Lunatic asylums in Bengal annual reports 1899-1911 - 1899-1911
Year: 1899
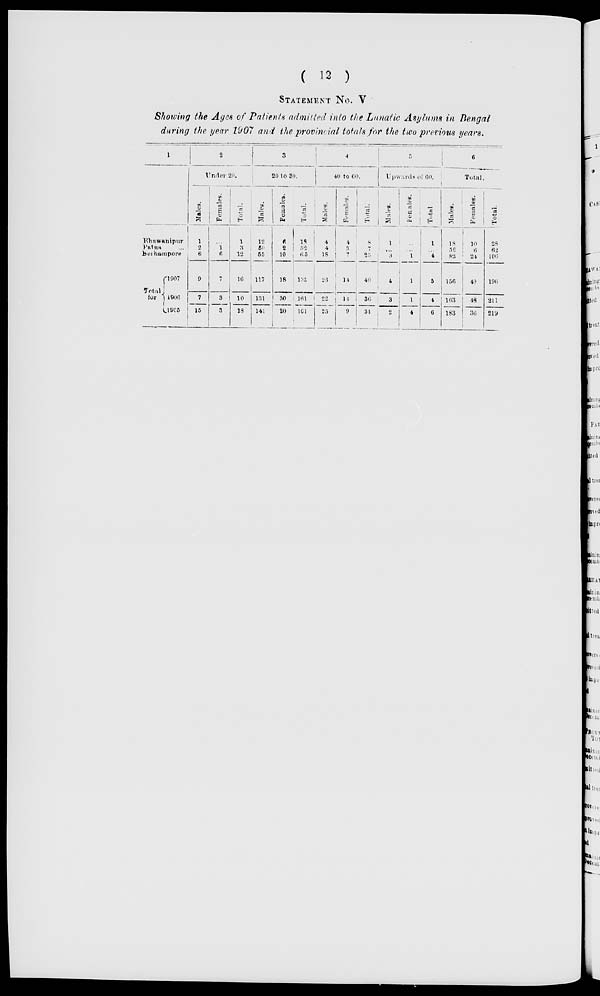
( 12 )
STATEMENT No. V
Showing the Ages of Patients admitted into the Lunatic Asylums in Bengal
during the year 1907 and the provincial totals for the two previous years.
1
Bhawanipur
Patna ...
Berhampore
Total
for
1907
1906
1905
2
Under 20.
Males.
1
2
6
9
7
15
Females.
...
1
6
7
3
3
Total.
1
3
12
16
10
18
3
20 to 30.
Males.
12
50
55
117
131
141
Females.
6
2
10
18
30
20
Total.
18
52
65
135
161
161
4
40 to 60.
Males.
4
4
18
26
22
25
Females.
4
3
7
14
14
9
Total.
8
7
25
40
36
34
5
Upwards of 60.
Males.
1
...
3
4
3
2
Females.
...
...
1
1
1
4
Total.
1
...
4
5
4
6
6
Total.
Males.
18
56
82
156
163
183
Females.
10
6
24
40
48
36
Total.
28
62
106
196
211
219